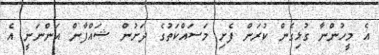
އެ މީހުންނާ ގުޅިގެން ކުރަން ފެށި މަސައްކަތުގެ ދަށުން ޝައްފާން އަންނަނީ އެ